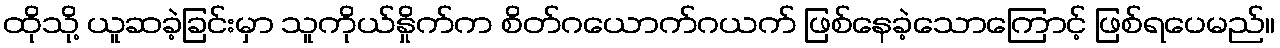
ထိုသို့ ယူဆခဲ့ခြင်းမှာ သူကိုယ်နှိုက်က စိတ်ဂယောက်ဂယက် ဖြစ်နေခဲ့သောကြောင့် ဖြစ်ရပေမည်။